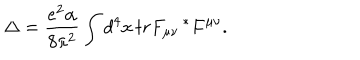
\Delta = \frac { e ^ { 2 } \alpha } { 8 \pi ^ { 2 } } \int d ^ { 4 } x \, t r F _ { \mu \nu } \, ^ { * } F ^ { \mu \nu } .